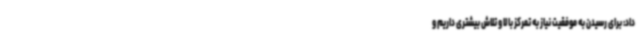
داد: برای رسیدن به موفقیت نیاز به تمرکز بالا و تلاش بیشتری داریم و